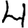
Digit: 4